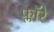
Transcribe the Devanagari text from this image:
फ्लॉरे